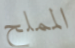
المملح